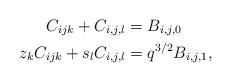
LaTeX: \begin{align*}C_{ijk}+C_{i,j,l}&=B_{i,j,0}\\z_kC_{ijk}+s_lC_{i,j,l}&=q^{3/2}B_{i,j,1},\end{align*}